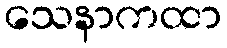
သေနာကထာ